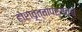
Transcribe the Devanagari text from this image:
होरावृत्तापर्यंतचे